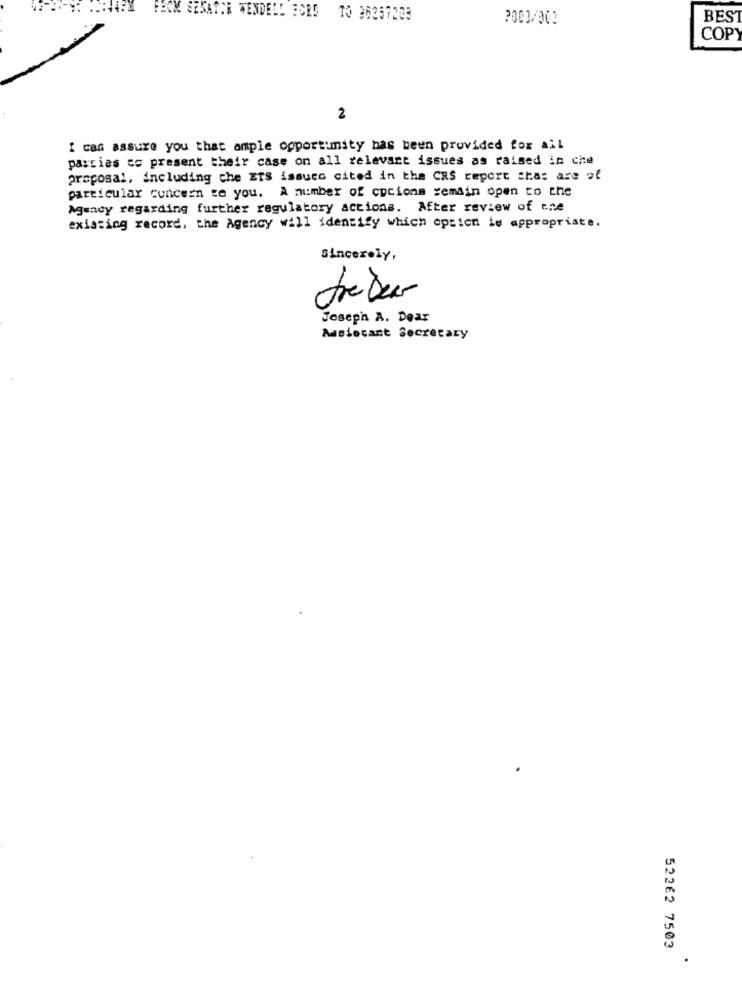
SEKATOR WENDELL FORD TO 36257208
2003/00
BES
COP
2
I can assure you that ample opportimity has been provided for ail
parties es present their case on all relevant issues as raised in che
proposal, including che ETS issues cited in the CRS report that are of
particular concern te you. A number of cocions remain open to the
Agency regarding further regulatory actions. After review of ene
existing record, the Agency will identify which option is appropriate.
Sincerely,
Joseph A. Dear
Assistant Secretary
52262 7503
.